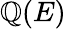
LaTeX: \mathbb{Q}(E)